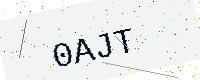
Text: 0AJT